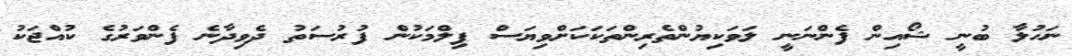
ނަހުލާ ބުނީ ޝޯއިން ފެންނަނީ ލަވަކިޔުންތެރިންތަކަކަށްވިޔަސް ފިލްމަކުން ފުރުސަތު ދެވިދާނެ ފެންވަރުގެ ކުއްޖަކު